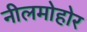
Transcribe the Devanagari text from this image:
नीलमोहोर